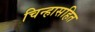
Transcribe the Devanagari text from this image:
चिन्हासहित